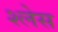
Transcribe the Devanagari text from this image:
श्लेस